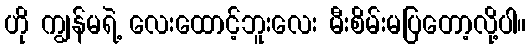
ဟို ကျွန်မရဲ့ လေးထောင့်ဘူးလေး မီးစိမ်းမပြတော့လို့ပါ။